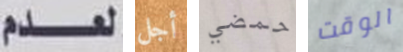
لعدم أجل حمضي الوقت